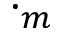
\cdot _ { m }